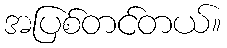
အပြစ်တင်တယ်။